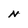
Character: N